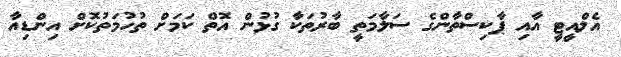
އެލްއީޓީ އާއި ޕާކިސްތާންގެ ސަލާމަތީ ބާރުތަކާ ގުޅުން އޮތް ކަމަށް ތުހުމަތުކޮށް އިންޑިއާ